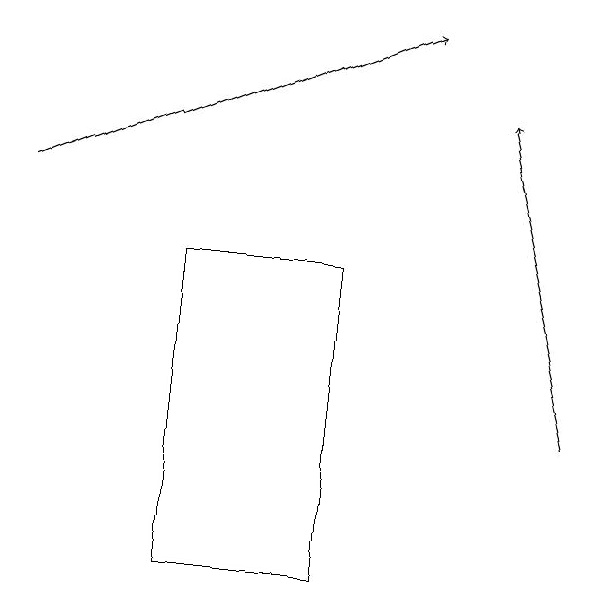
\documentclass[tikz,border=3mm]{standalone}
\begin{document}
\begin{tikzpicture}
\draw (6,14) rectangle (4,10);
\draw[->] (2,15) -- (7,17);
\draw[->] (9,12) -- (8,16);
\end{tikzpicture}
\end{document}